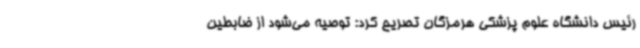
رئیس دانشگاه علوم پزشکی هرمزگان تصریح کرد: توصیه می‌شود از ضابطین